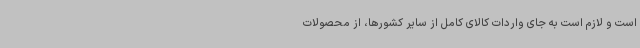
است و لازم است به جای واردات کالای کامل از سایر کشورها، از محصولات